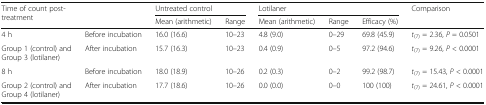
| <ROWSPAN=2> Time of count post-treatment | <ROWSPAN=2>  | <COLSPAN=2> Untreated control | <COLSPAN=3> Lotilaner | <ROWSPAN=2> Comparison |
 | Mean (arithmetic) | Range | Mean (arithmetic) | Range | Efficacy (%) |
 | --- | --- | --- | --- | --- | --- | --- | --- |
 | 4 h | Before incubation | 16.0 (16.6) | 10–23 | 4.8 (9.0) | 0–29 | 69.8 (45.9) | t(7) = 2.36, P = 0.0501 |
 | Group 1 (control) and Group 3 (lotilaner) | After incubation | 15.7 (16.3) | 10–23 | 0.4 (0.9) | 0–5 | 97.2 (94.6) | t(7) = 9.26, P < 0.0001 |
 | 8 h | Before incubation | 18.0 (18.9) | 10–26 | 0.2 (0.3) | 0–2 | 99.2 (98.7) | t(7) = 15.43, P < 0.0001 |
 | Group 2 (control) and Group 4 (lotilaner) | After incubation | 17.7 (18.6) | 10–26 | 0.0 (0.0) | 0–0 | 100 (100) | t(7) = 24.61, P < 0.0001 |